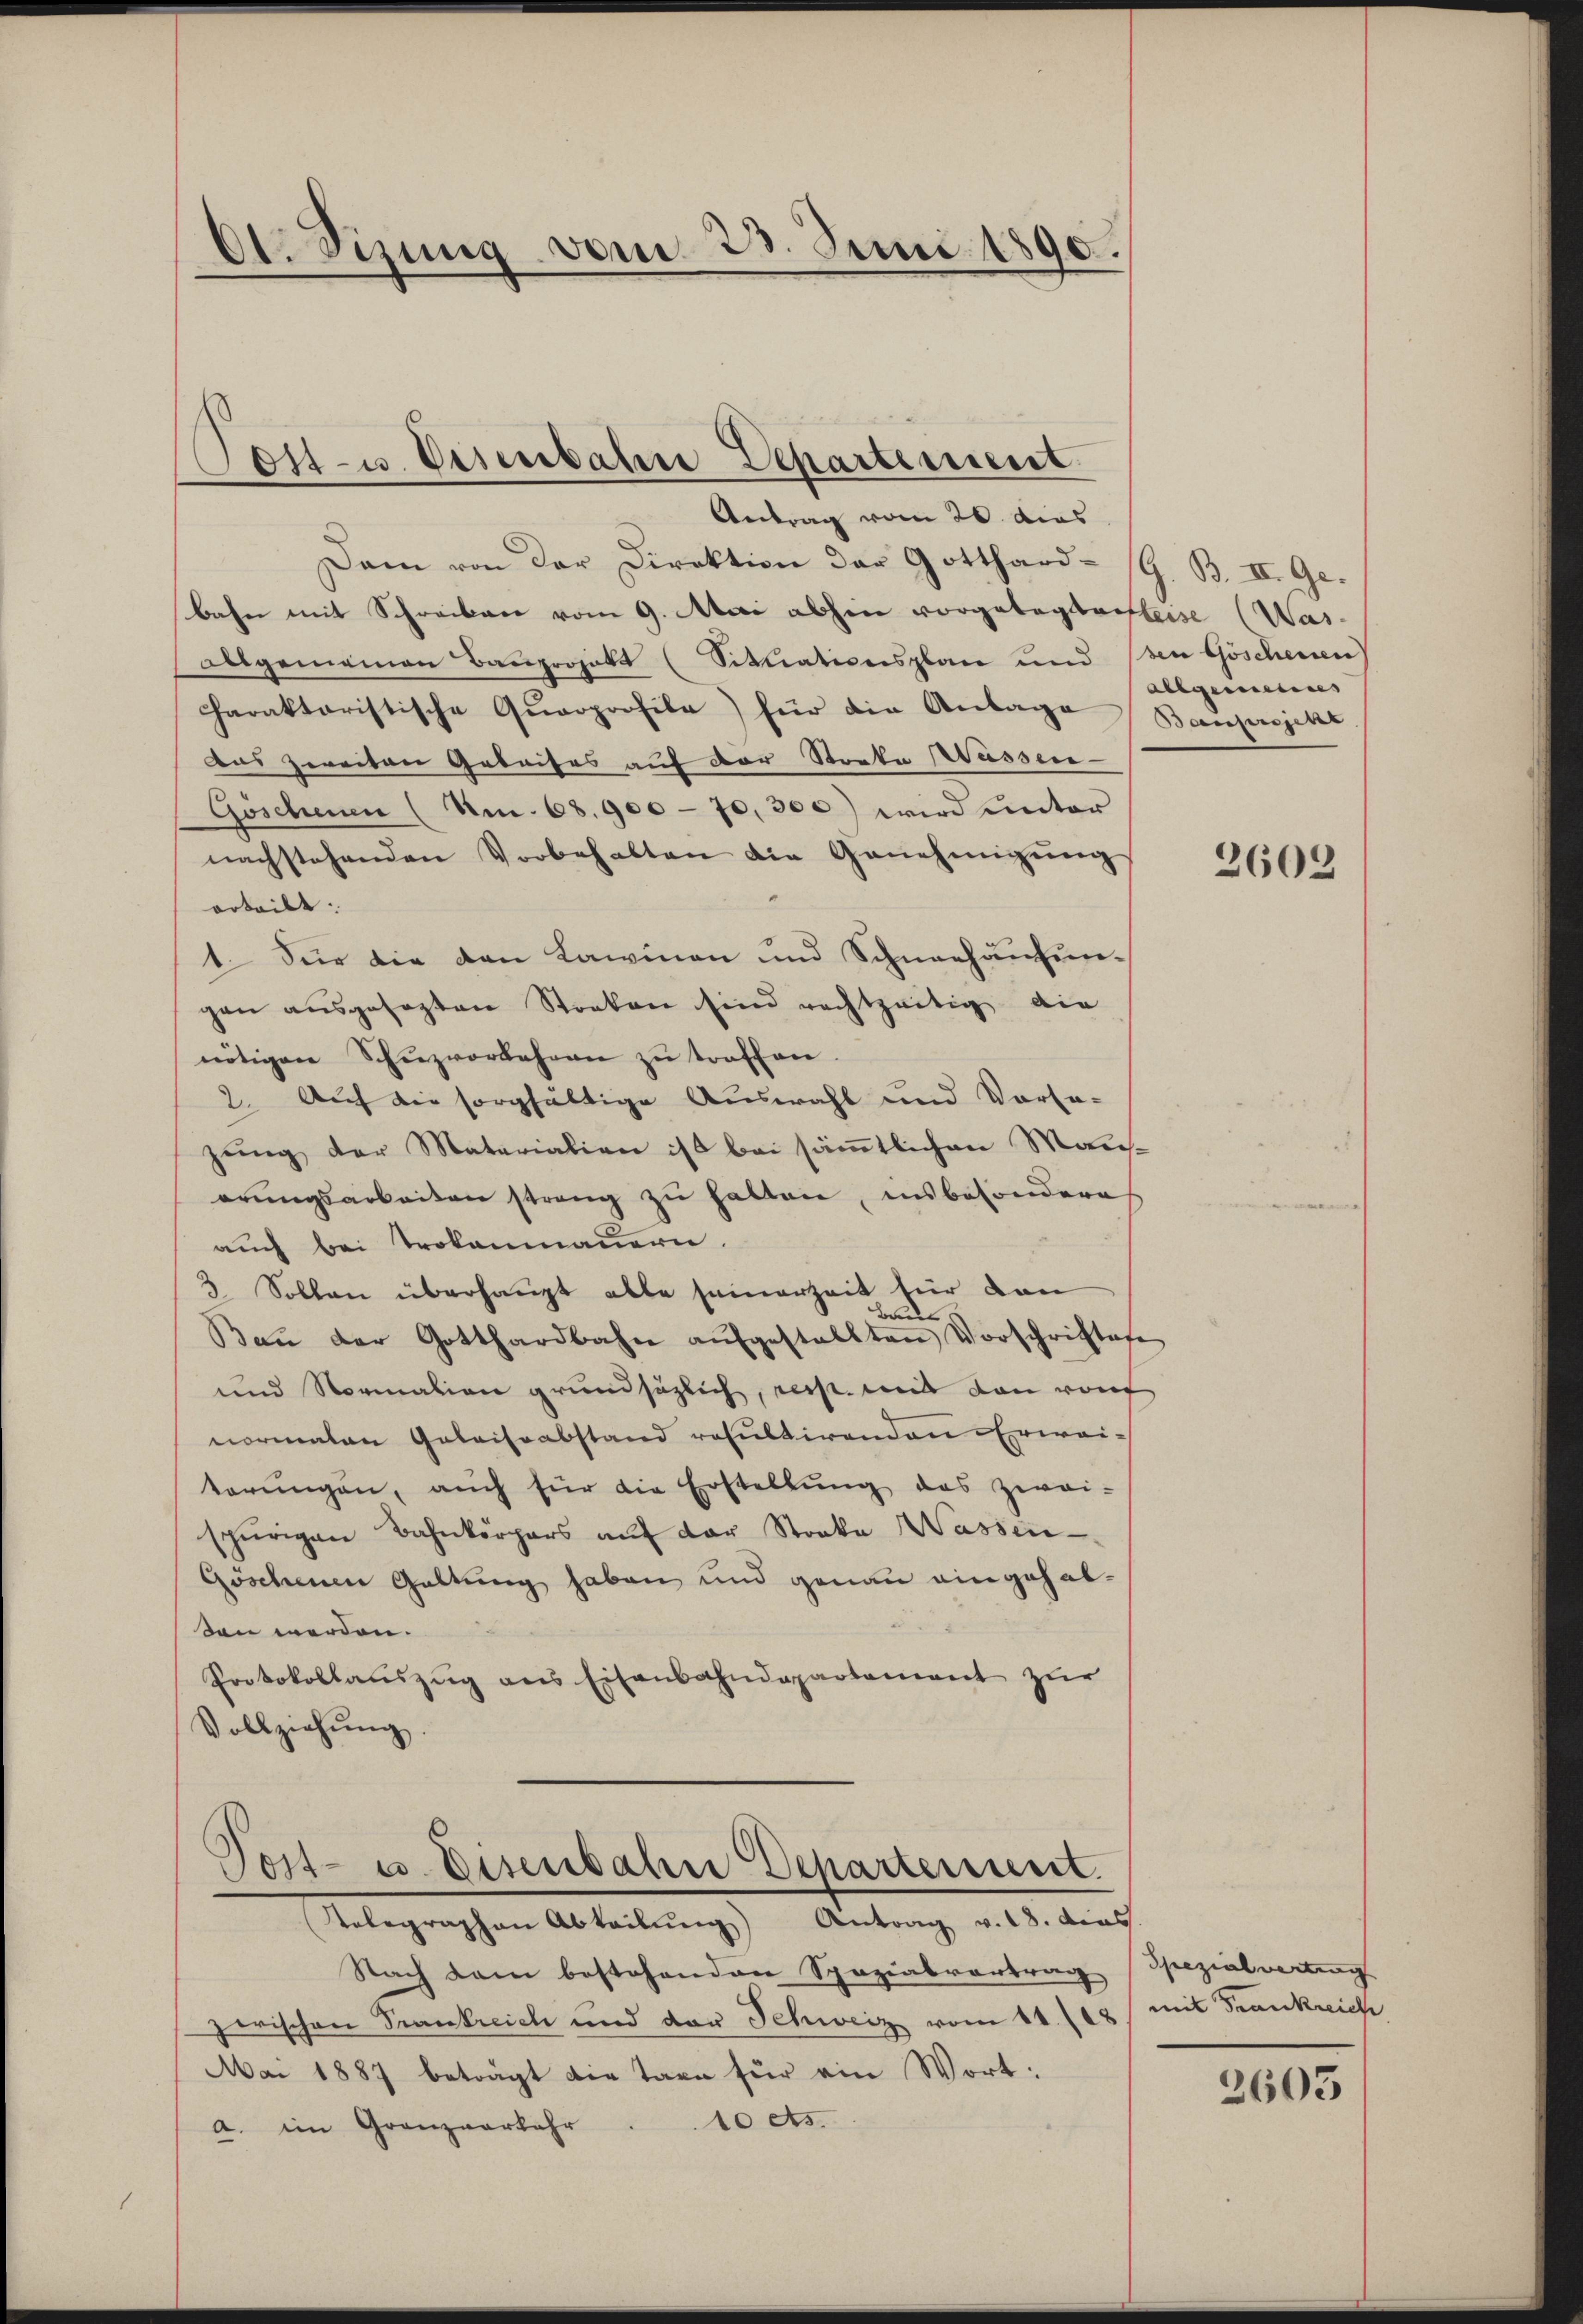
Ot. Sizung vom 23. Juni 1890.

ost- u. Eisenbahre Departement
Antrag vom 20. dies

Dann von der Direktion der Gotthard- G. B. II. Ge-
bahn mit Schreiben vom 9. Mai abhin vorgelegtersteise (Was-
allgemeinen Bauprojekt (Situationsplan und den Göschenen)
Charaktoristische Qŭarprofile) für die Anlage Bauprojekt
Das zweiten Gebeises auf der Streke Wassen-
Göschenen (Nm. 68. 900 - 70,300) wird unter
nachstehenden Vorbehalten die Genehmigŭng
orteilt:
1. Sie die den Lawinen und Schneehausun-
gen aŭsgesezten Streken sind rechtzeitig die
nötigen Schŭzvorkehren zŭ treffen.
2. Auf die sorgfaltige Auswahl und Vorsa-
zung der Materialien ist bei sämmtlichen Mancherungsarbeiten streng zu halten, insbesondere
auch bei Trokanmauern.
3 Sollen überhaupt alle seinerzeit für dan
An
Baṅ der Gotthardbahn aŭfgestellten Vorschriftese
und Normation grundsätzlich, resp. mit den wor
normalen Gelaissabstand resultirenden Erwaiterŭngen, auch für die Erstellŭng das zwei-
spürigen Bahnkörpers aŭf der Stocke Wassen
Göschenen Geltung haben und genau eingehalden werden.
Protokollauszug aus Eisenbahndepartement zur
Vollziehŭng.

Post- u. Eisenbahn Departement.
Telegraphen Abteilŭng Antrag v. 18. dies

Nach dem bestehenden Spazialvertrag
zwischen Trankreich und der Schweiz vom 11. 118
Mai 1887 beträgt die tarn für ein Wort:
10 As.
a. im Granzverfahr

Allgemeines

2603

Spezialvertrag
mit Frankreich

2605